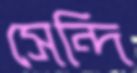
সেন্দি